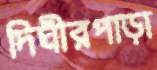
দিঘীরপাড়া